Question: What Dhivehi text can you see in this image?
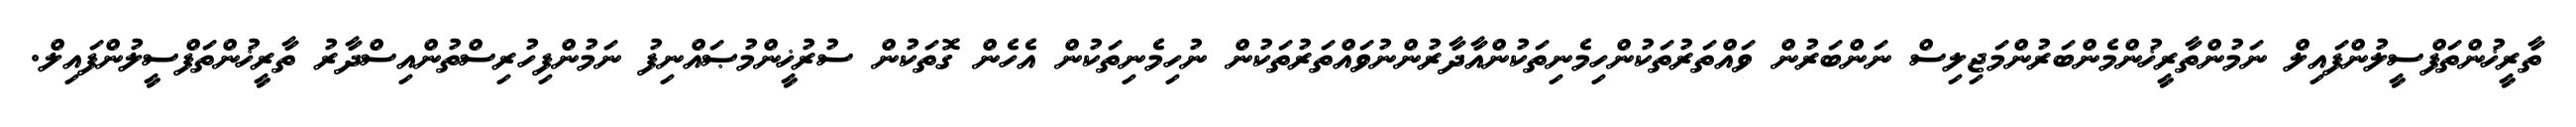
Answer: ތާރީޚުންތަފްސީލުންފައިލް ނަމުންތާރީޚުންމެންބަރުންމަޖިލިސް ނަންބަރުން ވައްތަރުތަކުންހިމެނިތަކުންއާދާރުންނުވައްތަރުތަކުން ނުހިމެނިތަކުން އެހެން ގޮތަކުން ސުރުޚީންމުޞައްނިފު ނަމުންފިހުރިސްތުންއިސްދާރު ތާރީޚުންތަފްސީލުންފައިލް.